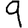
Digit: 9